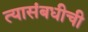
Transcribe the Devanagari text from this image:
त्यासंबधीची